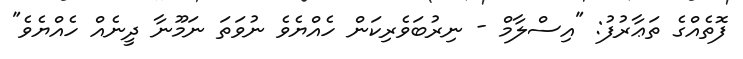
ފޮތެއްގެ ތަޢާރުފު: "އިސްލާމް - ނިރުބަވެރިކަން ހެއްޔެވެ ނުވަތަ ނަމޫނާ ދީނެއް ހެއްޔެވެ"